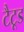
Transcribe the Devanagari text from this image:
टैटूड